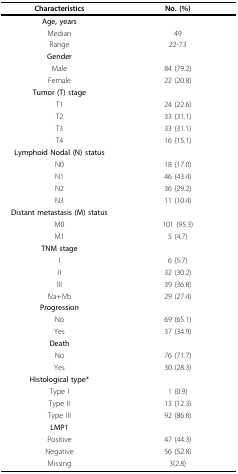
<table><thead><tr><td><b>Characteristics</b></td><td><b>No. (%)</b></td></tr></thead><tbody><tr><td><b>Age, years</b></td><td></td></tr><tr><td>Median</td><td>49</td></tr><tr><td>Range</td><td>22-73</td></tr><tr><td><b>Gender</b></td><td></td></tr><tr><td>Male</td><td>84 (79.2)</td></tr><tr><td>Female</td><td>22 (20.8)</td></tr><tr><td><b>Tumor (T) stage</b></td><td></td></tr><tr><td>T1</td><td>24 (22.6)</td></tr><tr><td>T2</td><td>33 (31.1)</td></tr><tr><td>T3</td><td>33 (31.1)</td></tr><tr><td>T4</td><td>16 (15.1)</td></tr><tr><td><b>Lymphoid Nodal (N) status</b></td><td></td></tr><tr><td>N0</td><td>18 (17.0)</td></tr><tr><td>N1</td><td>46 (43.4)</td></tr><tr><td>N2</td><td>36 (29.2)</td></tr><tr><td>N3</td><td>11 (10.4)</td></tr><tr><td><b>Distant metastasis (M) status</b></td><td></td></tr><tr><td>M0</td><td>101 (95.3)</td></tr><tr><td>M1</td><td>5 (4.7)</td></tr><tr><td><b>TNM stage</b></td><td></td></tr><tr><td>I</td><td>6 (5.7)</td></tr><tr><td>II</td><td>32 (30.2)</td></tr><tr><td>III</td><td>39 (36.8)</td></tr><tr><td>IVa+IVb</td><td>29 (27.4)</td></tr><tr><td><b>Progression</b></td><td></td></tr><tr><td>No</td><td>69 (65.1)</td></tr><tr><td>Yes</td><td>37 (34.9)</td></tr><tr><td><b>Death</b></td><td></td></tr><tr><td>No</td><td>76 (71.7)</td></tr><tr><td>Yes</td><td>30 (28.3)</td></tr><tr><td><b>Histological type*</b></td><td></td></tr><tr><td>Type I</td><td>1 (0.9)</td></tr><tr><td>Type II</td><td>13 (12.3)</td></tr><tr><td>Type III</td><td>92 (86.8)</td></tr><tr><td><b>LMP1</b></td><td></td></tr><tr><td>Positive</td><td>47 (44.3)</td></tr><tr><td>Negative</td><td>56 (52.8)</td></tr><tr><td>Missing</td><td>3(2.8)</td></tr></tbody></table>